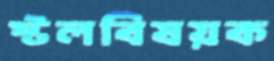
স্টলবিষয়ক